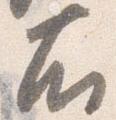
右